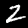
Digit: 2